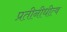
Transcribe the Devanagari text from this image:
प्रतीनीधीत्व